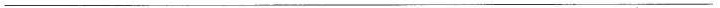
___